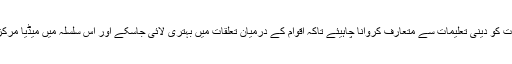
ان کا کہنا تھا کہ عام طبقات کو دینی تعلیمات سے متعارف کروانا چاہیئے تاکہ اقوام کے درمیان تعلقات میں بہتری لائی جاسکے اور اس سلسلہ میں میڈیا مرکزی کردار ادا کرسکتا ہے۔